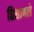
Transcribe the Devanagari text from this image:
हिसाबले